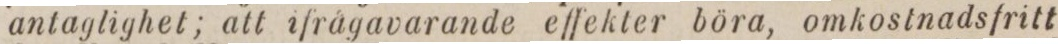
antaglighet; att ifrågavarande effekter böra, omkostnadsfritt